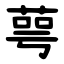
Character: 萼